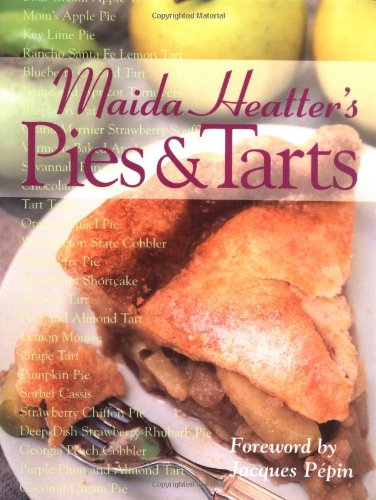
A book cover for Maida Heatter's Pies and Tarts (Maida Heatter Classic Library); Maida Heatter; Cookbooks, Food & Wine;